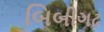
બિબીગઢ